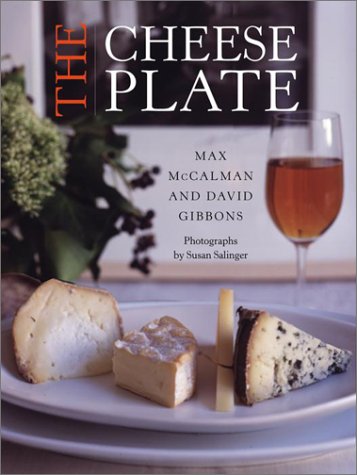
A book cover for The Cheese Plate; Max McCalman; Cookbooks, Food & Wine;